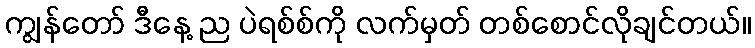
ကျွန်တော် ဒီနေ့ ည ပဲရစ်စ်ကို လက်မှတ် တစ်စောင်လိုချင်တယ်။